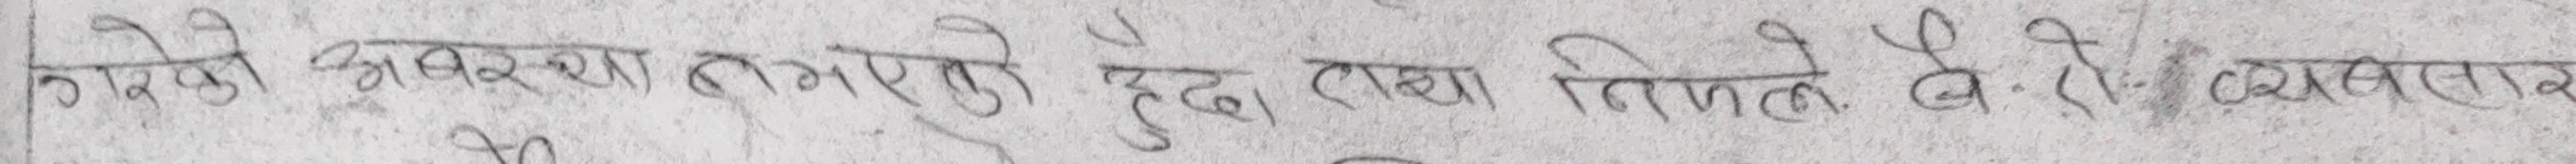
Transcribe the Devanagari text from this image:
गरेको आवस्यता लागेको हुँदा तथा निजले बै. बै. व्यवसाय